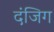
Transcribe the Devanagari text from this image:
दंजिग